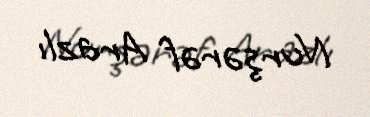
Nurşərəf Arazlı